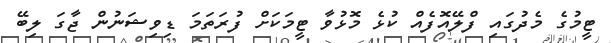
ޓީމުގެ މެދުގައި ފްލޭއޮފެއް ކުޅެ މޮޅުވާ ޓީމަކަށް ފުރަތަމަ ޑިވިޝަނުން ޖާގަ ލިބޭ